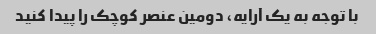
با توجه به یک آرایه، دومین عنصر کوچک را پیدا کنید